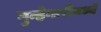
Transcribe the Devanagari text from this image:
गुन्हेगारीमध्ये